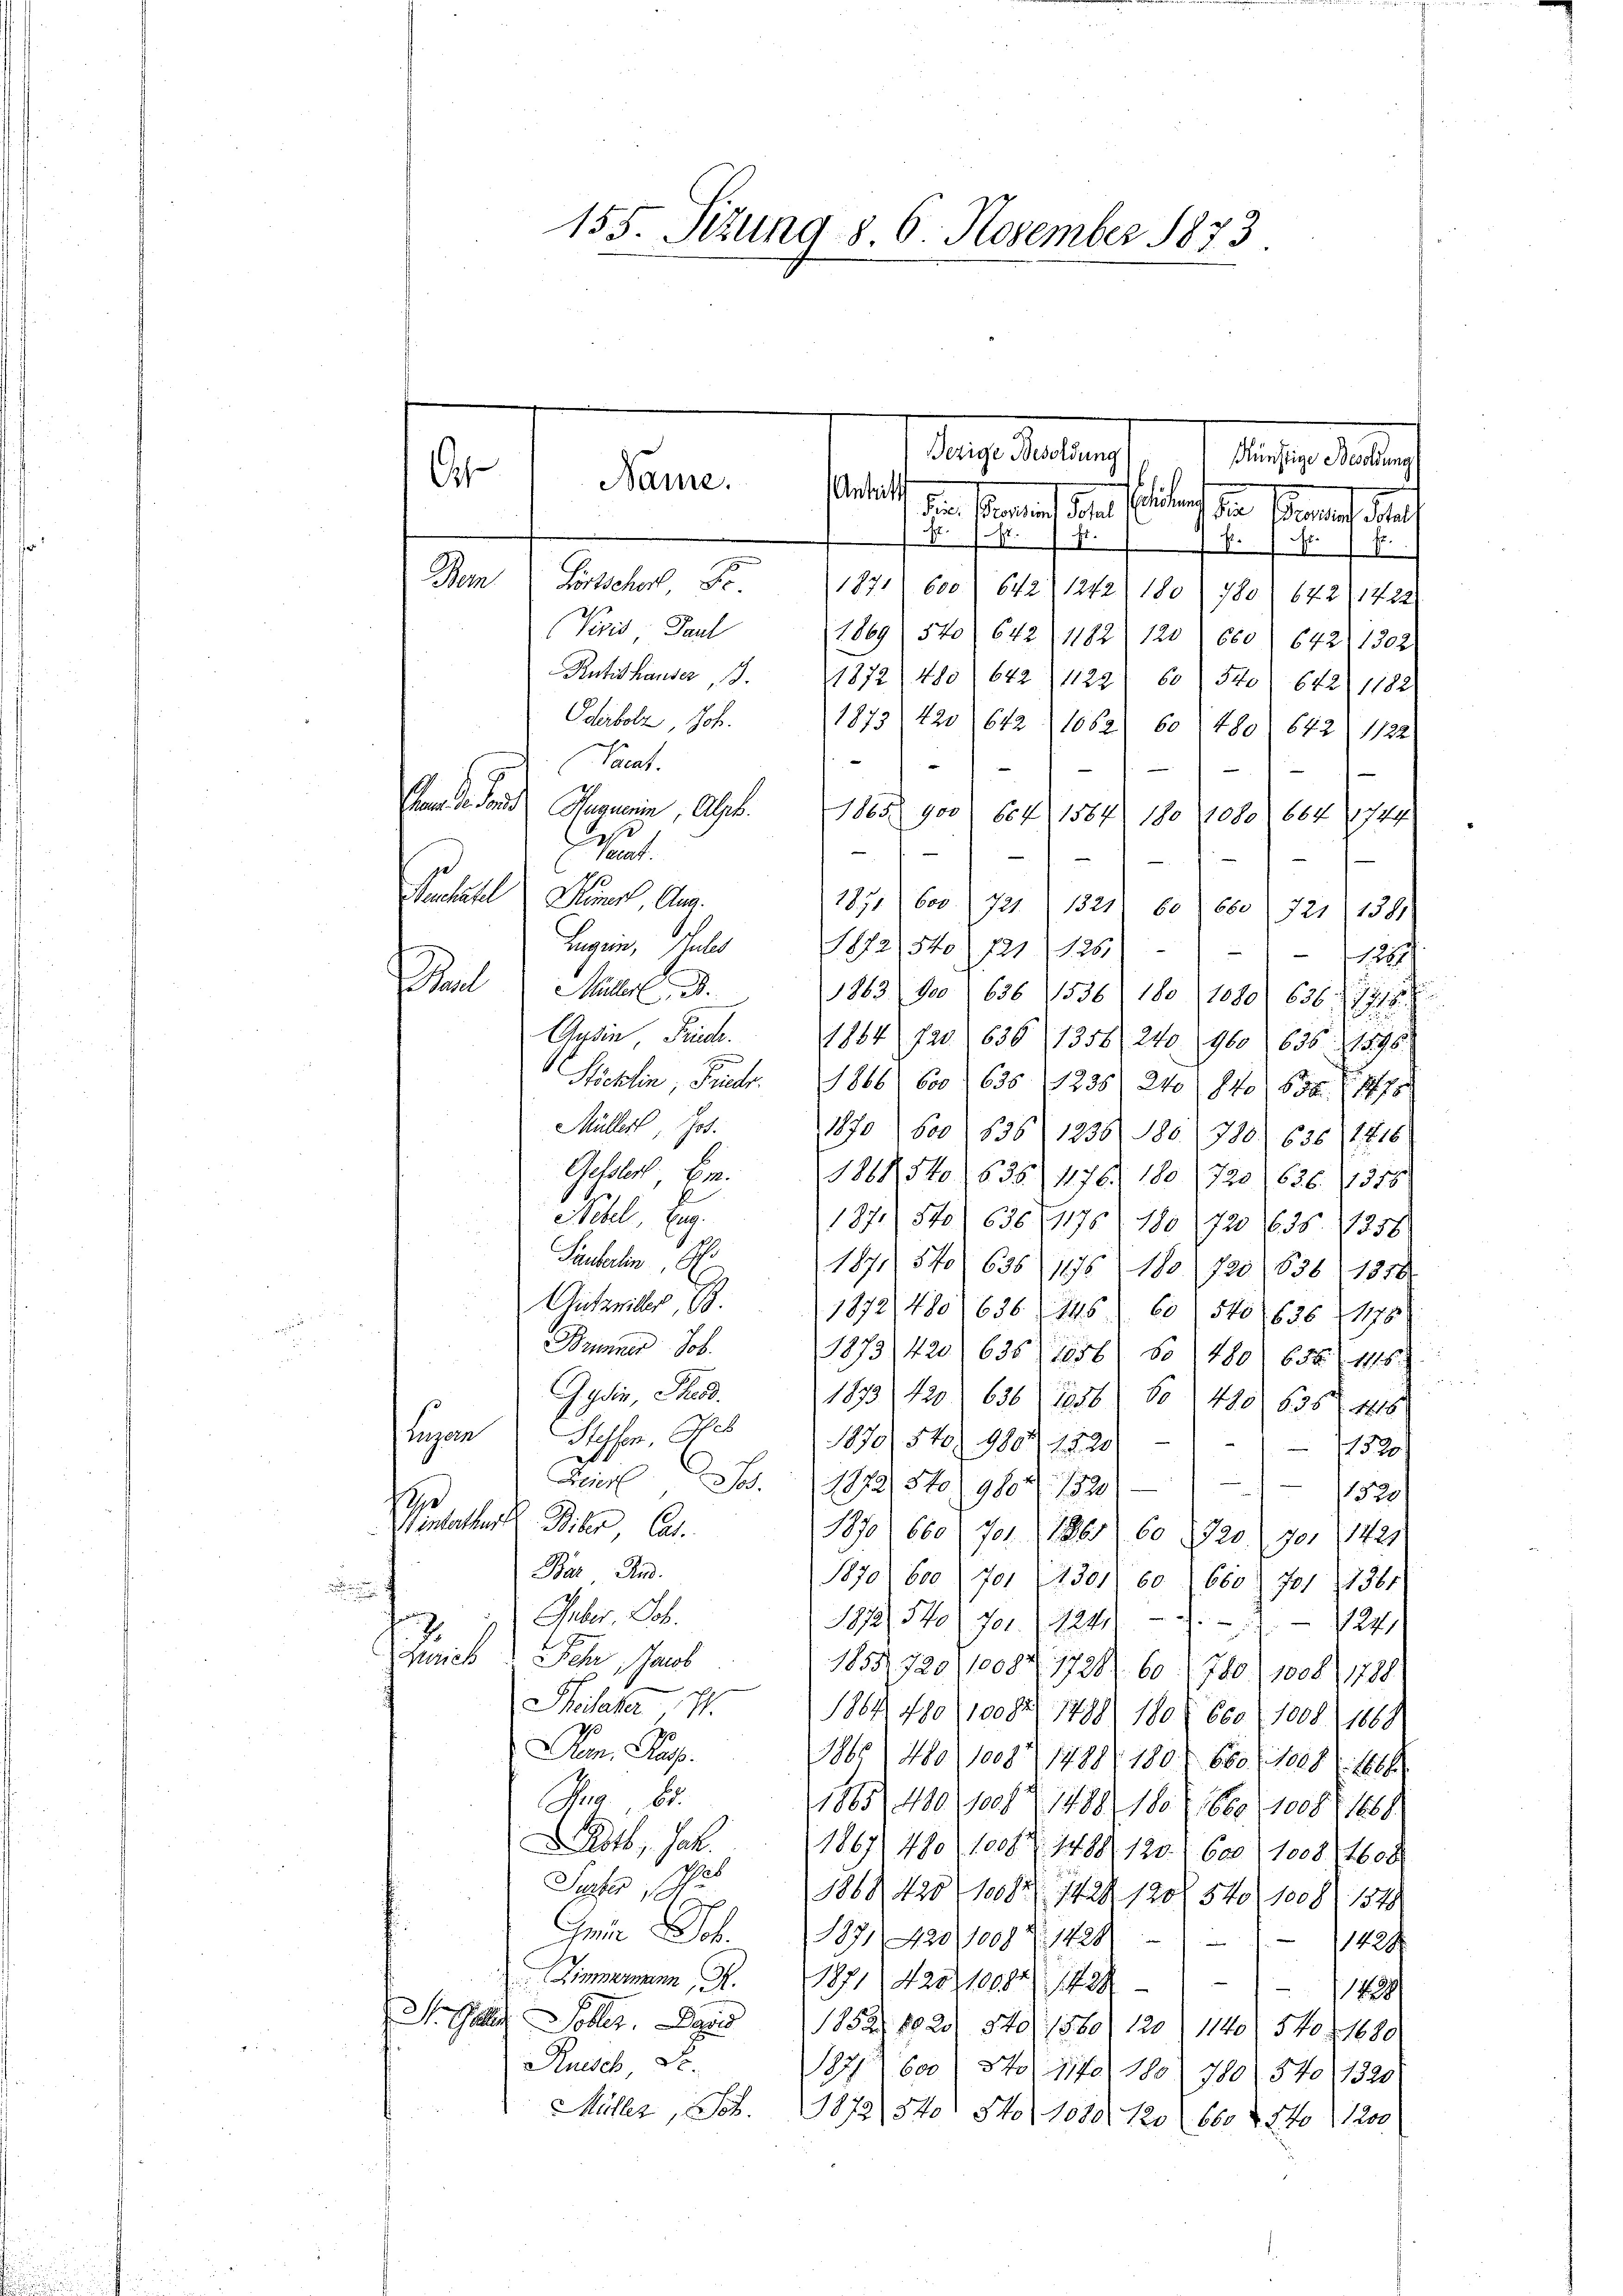
s
Name.
Antritt

155. Sizung 8. 6. November 1873

Bezige Besoldung
 alten
.
die Finand die faites die Formen heute
N 1fr. f.
1 Nr. 7
Bern Fortscher No 1871 600 642, 1242) 180 780 642, 1422
Pris, Paul
1869 (540) 642 (1182 (120) 600) 642) 1302
Rutithauser, J. 1872 480 642 (1122 60 540 642. 1182
Oderbolz, Joh.
1879. 420 642 1062 60 480. 642. 1122
Sanat.
e
.
 de den Gegnerin, Alb. 1865 900 (604, 1587. 180 (1080. 667 (1744

rsant.
.
Pechall Rumel, Aug.
1871 600. 721. 1321. 60. 680 (721 1381
Bagein, Juli 1872, 5to 121 (1251 (1282
Paul Mart. 3.
1863 900 636 1536 180 1080. 636. 7918
Gydin Fried. 1884 Jar 636, 1356, 240 960 635. 1596
Höcklin, Friedr. 1866. 600 1 635 1236 24o 84o 658. 178
Müller, Jos.
1870 600 1836 1236 180. 780. 636, 1816
Gessler Em. 1868 5to 1636 476. 180 720 626. 1316.
Nebel, Eng
187. 570. 636. 1175. 180 720 (635. 1858.
19
Sauerlin. A
1871. 540 636 1876 180. 720, 838. 1876
Gitteiler, 6.
1872, 480. 636 (146 60 540, 636, 178
Brunner Job.
1873, 420 (635 (1256) So 480. 655. 1418.
Gydin, Theod.
1873 420. 636 (1856 60 490 635. 4416
Luzern
Hesser, Ge
1190,54. 1807. 252
152
Feier u. 1872 5to 980 Z. 1320)
¬
320/
S
Winterthur Biber Cat.
1870, 660, 701. 1861 60 (1720. 701 (1425
Bar. And.
1870 600 701 (1301) 60. 660 701 1736.

 Guber, Joh.
1872, 540. 701. 1241) — 2.
127
.
Gerich
Sehr Jacob
1855. 725/100847728. 60 (780) 1008), 1788)
Theater 1.
1867 480 (10082. 1798 180. 660 (1008 1868
Den, Kasp.
1960, 480, 1008 1488 (180. 680 f. 1888. 1861
Hua. 65.
1885, 400 jess 1488 180 (1660. 1009, 1881
dtb, Jak. 1867 480, 100fr. 1488. 120. 600, 1008. 4600
Suter, No. 1869, 125 (1092. 1429 120. 540 f 1008 154
Gmür Job. 1871 220, 1000 Fr. 1428
1429
Himmermann, S. 1871 (20100841489 1838
S. Galer Tobler. Der 1852, 1020. 840/ 1860, 120 1140. 540 § 1680
Ruisch S.
1872 600 / 5to 1170/ 180 780. 570 (1320.
Müller, Seb. 1872, 840 Sto 1080. 120 660 f 240 (1200